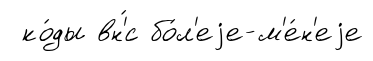
ко́ды вн'́с бо́л'еjе-м'е́н'еjе